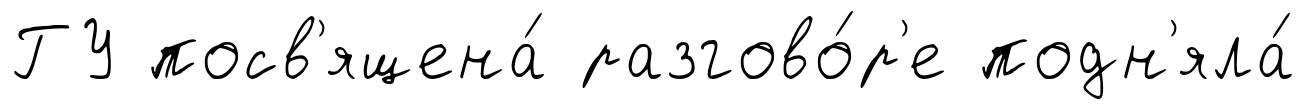
ГУ посв'ящена́ разгово́р'е подн'яла́